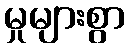
မှုများစွာ